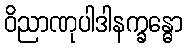
ဝိညာဏုပါဒါနက္ခန္ဓော